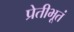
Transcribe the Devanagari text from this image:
प्रेतीभूतं